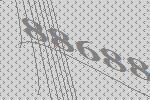
88688